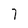
Character: 7